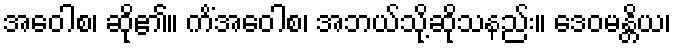
အဝေါစ၊ ဆို၏။ ကိံအဝေါစ၊ အဘယ်သို့ဆိုသနည်း။ ဒေဝမန္တိယ၊